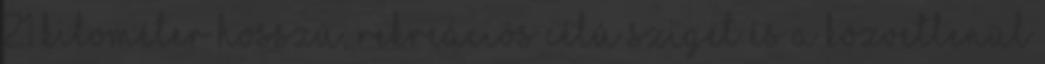
21 kilométer hosszú, rekreációs célú sziget és a közvetlenül